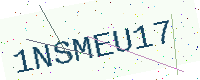
Text: 1NSMEU17